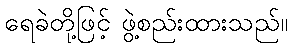
ရေခဲတို့ဖြင့် ဖွဲ့စည်းထားသည်။